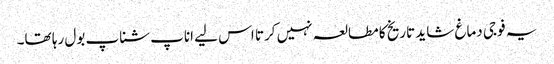
یہ فوجی دماغ شاید تاریخ کا مطالعہ نہیں کرتا اس لیے اناپ شناپ بول رہا تھا۔